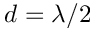
d = \lambda / 2